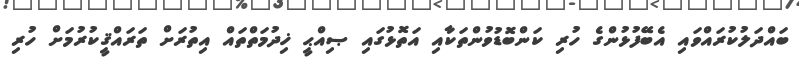
ބައްދަލުކުރައްވައި އެބޭފުޅުންގެ ހުރި ކަންބޮޑުވުންތަކާއި އަތޮޅުގައި ޞިއްޙީ ޚިދުމަތްތައް އިތުރަށް ތަރައްޤީކުރުމަށް ހުރި